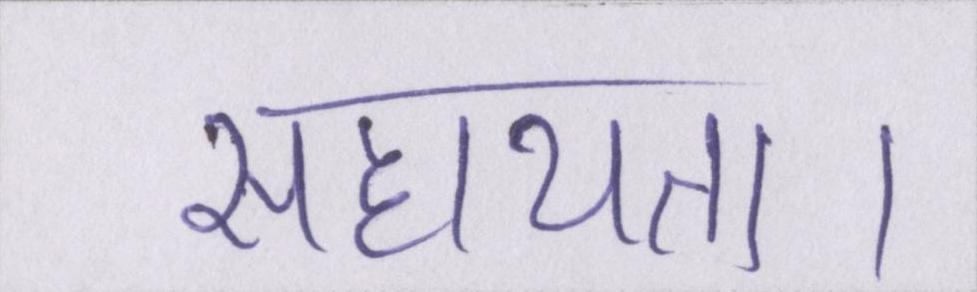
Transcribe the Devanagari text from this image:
सहायता।